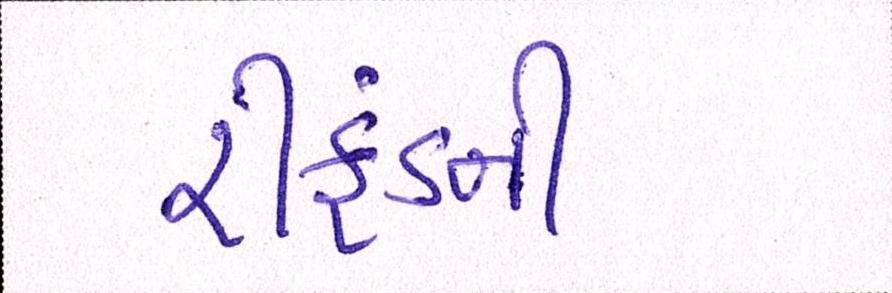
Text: રીફંડની